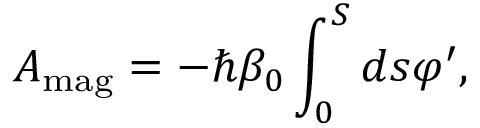
A _ { \mathrm { m a g } } = - \hbar \beta _ { 0 } \int _ { 0 } ^ { S } d s \varphi ^ { \prime } ,